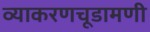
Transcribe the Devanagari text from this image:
व्याकरणचूडामणी